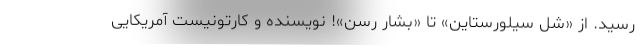
رسید. از «شل سیلورستاین» تا «بشار رسن»! نویسنده و کارتونیست آمریکایی